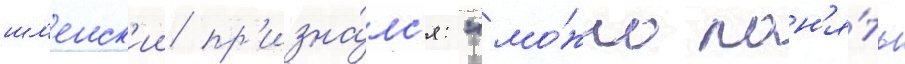
шл'енск'ии пр'изна́лс'я: "мо́жно пон'я́ть